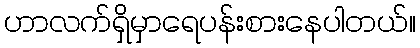
ဟာလက်ရှိမှာရေပန်းစားနေပါတယ်။